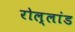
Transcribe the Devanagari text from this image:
रोल्लांड